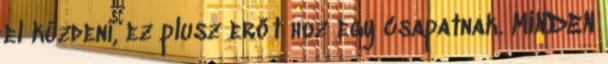
el küzdeni, ez plusz erőt hoz egy csapatnak. MINDEN